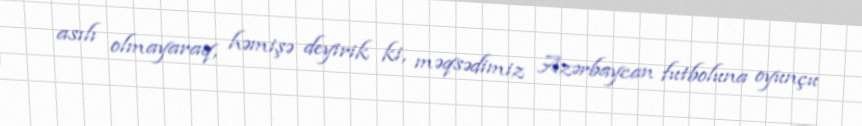
asılı olmayaraq, həmişə deyirik ki, məqsədimiz Azərbaycan futboluna oyunçu